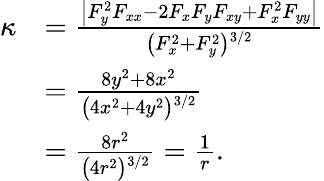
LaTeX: {\begin{array}{rl}{\kappa}&{={\frac{\left|F_{y}^{2}F_{xx}-2F_{x}F_{y}F_{xy}+F_{x}^{2}F_{yy}\right|}{{\bigl(}F_{x}^{2}+F_{y}^{2}{\bigr)}{\vphantom{'}}^{3/2}}}}\\ &{={\frac{8y^{2}+8x^{2}}{{\bigl(}4x^{2}+4y^{2}{\bigr)}{\vphantom{'}}^{3/2}}}}\\ &{={\frac{8r^{2}}{{\bigl(}4r^{2}{\bigr)}{\vphantom{'}}^{3/2}}}={\frac{1}{r}}.}\end{array}}